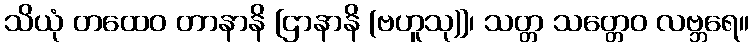
သိယုံ တထေဝ တာနာနိ [ဌာနာနိ (ဗဟူသု)]၊ သတ္တ သတ္တေဝ လဗ္ဘရေ။